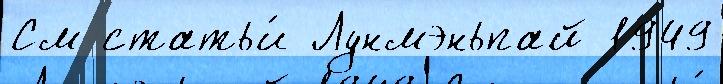
См статьи́ Лунмэньпай 1949